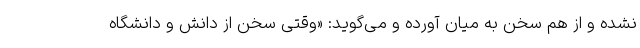
نشده و از هم سخن به میان آورده و می‌گوید: «وقتی سخن از دانش و دانشگاه